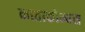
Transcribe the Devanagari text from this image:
काताकोम्बस